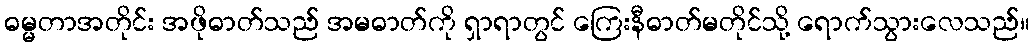
ဓမ္မတာအတိုင်း အဖိုဓာတ်သည် အမဓာတ်ကို ရှာရာတွင် ကြေးနီဓာတ်မတိုင်သို့ ရောက်သွားလေသည်။